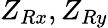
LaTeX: Z_{Rx},Z_{Ry}